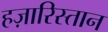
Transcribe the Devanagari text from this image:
हज़ारिस्तान